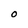
Character: O